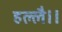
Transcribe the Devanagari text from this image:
हल्लै।।